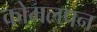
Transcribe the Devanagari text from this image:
कोमलपन